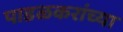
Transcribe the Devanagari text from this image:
पाडळकरांच्या